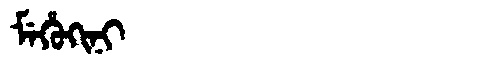
Manchu: ᠮᡝᡥᡠᡴᡳᠨᡳ
Romanization: MEHUKINI